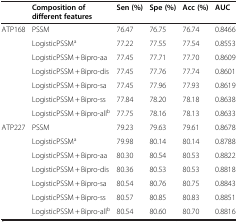
|  | Composition of different features | Sen (%) | Spe (%) | Acc (%) | AUC |
 | --- | --- | --- | --- | --- | --- |
 | <ROWSPAN=7> ATP168 | PSSM | 76.47 | 76.75 | 76.74 | 0.8466 |
 | LogisticPSSMa | 77.22 | 77.55 | 77.54 | 0.8553 |
 | LogisticPSSM + Bipro-aa | 77.45 | 77.71 | 77.70 | 0.8609 |
 | LogisticPSSM + Bipro-dis | 77.45 | 77.76 | 77.74 | 0.8601 |
 | LogisticPSSM + Bipro-sa | 77.45 | 77.96 | 77.93 | 0.8619 |
 | LogisticPSSM + Bipro-ss | 77.84 | 78.20 | 78.18 | 0.8638 |
 | LogisticPSSM + Bipro-allb | 77.75 | 78.16 | 78.13 | 0.8633 |
 | <ROWSPAN=6> ATP227 | PSSM | 79.23 | 79.63 | 79.61 | 0.8678 |
 | LogisticPSSMa | 79.98 | 80.14 | 80.14 | 0.8788 |
 | LogisticPSSM + Bipro-aa | 80.30 | 80.54 | 80.53 | 0.8822 |
 | LogisticPSSM + Bipro-dis | 80.36 | 80.53 | 80.53 | 0.8818 |
 | LogisticPSSM + Bipro-sa | 80.54 | 80.76 | 80.75 | 0.8843 |
 | LogisticPSSM + Bipro-ss | 80.57 | 80.85 | 80.83 | 0.8851 |
 |  | LogisticPSSM + Bipro-allb | 80.54 | 80.60 | 80.70 | 0.8816 |